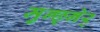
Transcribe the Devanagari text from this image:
मुन्छ्नेर्